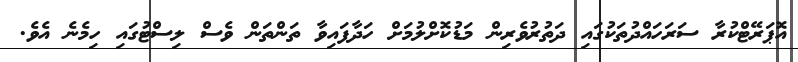
އޮޕަރޭޓްކުރާ ސަރަހައްދުތަކުގައި ދަތުރުވެރިން މަޑުކޮށްލުމަށް ހަދާފައިވާ ތަންތަން ވެސް ލިސްޓުގައި ހިމެނެ އެވެ.